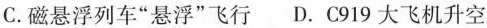
C.磁悬浮列车”悬浮”飞行 D.C919大飞机升空